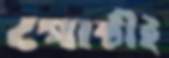
গোষ্ঠীই